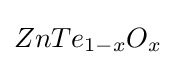
ZnTe_{1-x}O_{x}